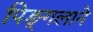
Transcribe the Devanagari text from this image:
पिङ्गलाने